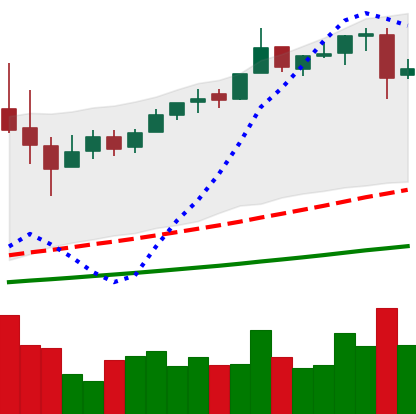
Ticker: BTC-USD
Chart end date: 2017-06-13
Forward return: -6.21%
Label: down_5_7